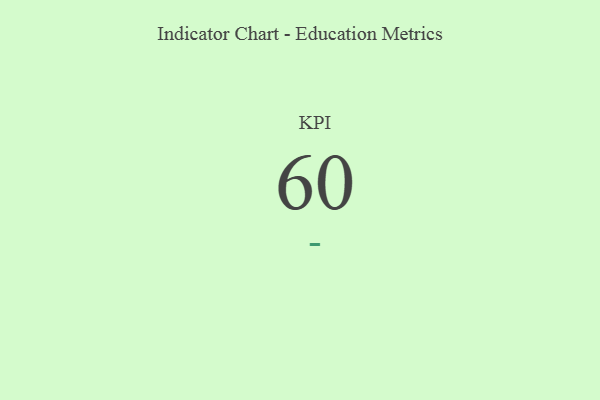
{"axis": {"x": "KPI", "y": "Value"}, "legend": [""], "data": [{"x": "KPI", "y": 60, "type": ""}]}